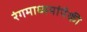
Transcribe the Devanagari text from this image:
रंगमाध्यमांपैकी